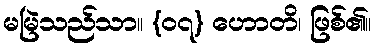
မမြဲသည်သာ။ {၀၇} ဟောတိ၊ ဖြစ်၏။